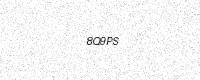
Text: 8Q9PS